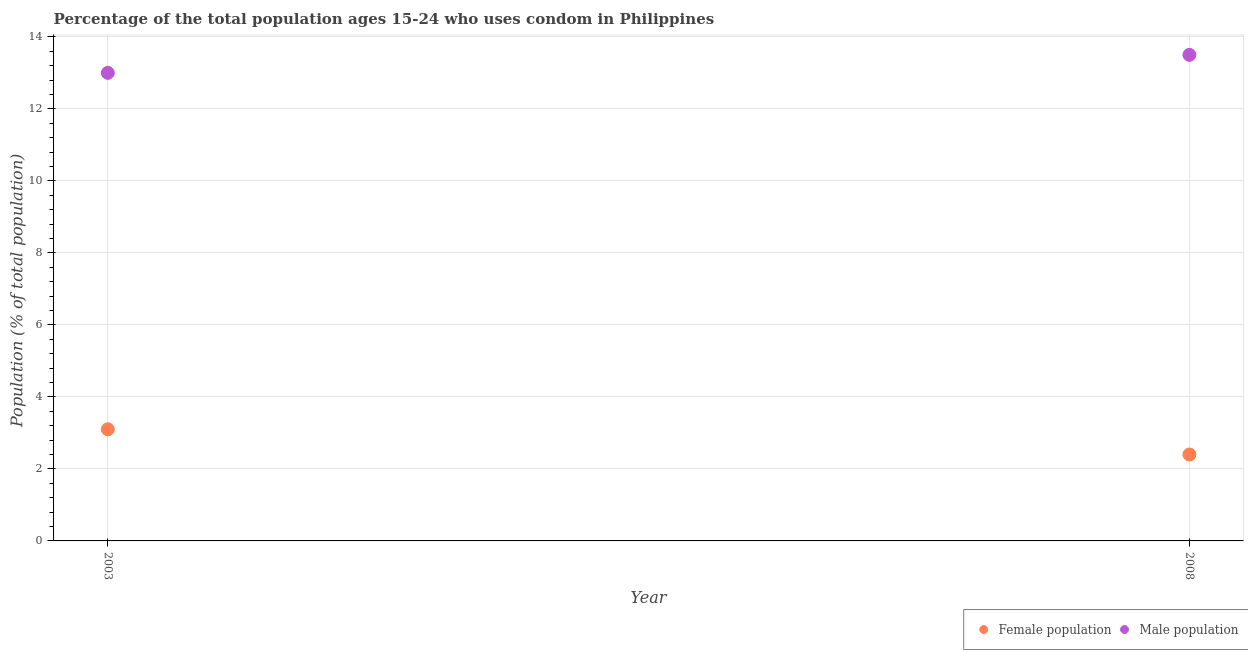
| Year | Female population | Male population |
 | --- | --- | --- |
 | 2003 | 3.1 | 13 |
 | 2008 | 2.4 | 13.5 |